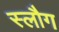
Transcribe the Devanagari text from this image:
स्लौग